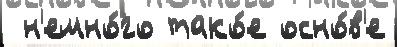
 н'емно́го тако́е осно́в'е